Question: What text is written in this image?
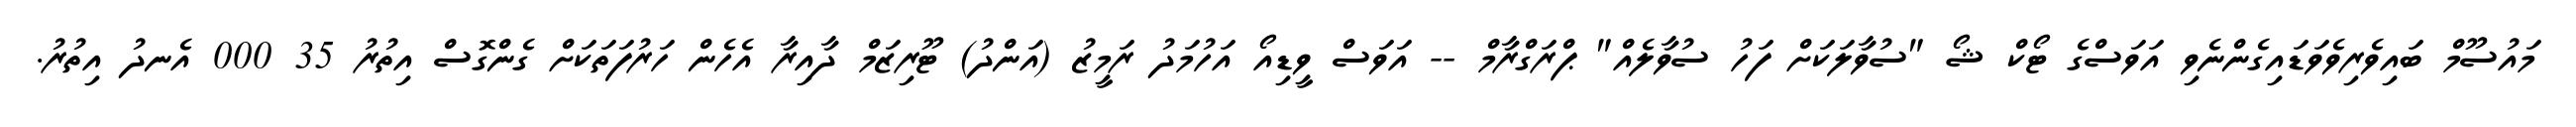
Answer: މައުސޫމް ބައިވެރިވެވަޑައިގެންނެވި އަވަސްގެ ޓޯކް ޝޯ "ސުވާލަކަށް ފަހު ސުވާލެއް" ޕްރަގްރާމް -- އަވަސް ވީޑިއޯ އަހުމަދު ރަމީޒު (އަންދު) ޓޫރިޒަމް ދާއިރާ އެހެން ހަރުފަތަކަށް ގެންގޮސް އިތުރު 35 000 އެނދު އިތުރު.